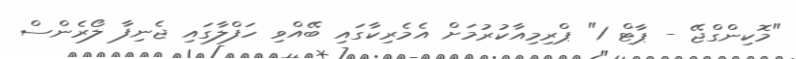
"މޮކިންގްޖޭ - ޕާޓް 1" ޕްރިމިއާކުރުމަށް އެމެރިކާގައި ބޭއްވި ހަފްލާގައި ޖެނިފާ ލޯރެންސް